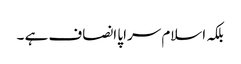
بلکہ اسلام سراپا انصاف ہے ۔